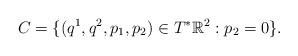
LaTeX: \begin{align*} C=\{(q^1,q^2,p_1,p_2)\in T^*\mathbb{R}^2:p_2=0\}.\end{align*}